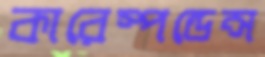
কারেস্পন্ডেন্স